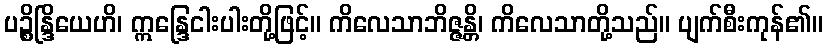
ပဉ္စိန္ဒြိယေဟိ၊ ဣန္ဒြေငါးပါးတို့ဖြင့်။ ကိလေသာဘိဇ္ဇန္တိ၊ ကိလေသာတို့သည်။ ပျက်စီးကုန်၏။